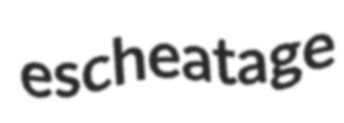
escheatage